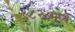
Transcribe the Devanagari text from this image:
१८२८मध्ये